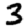
Digit: 3